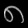
Digit: ၈